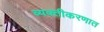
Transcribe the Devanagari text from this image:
व्यक्तीकरणात